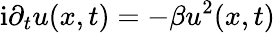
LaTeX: \mathrm{i}\partial_{t}u(x,t)=-\beta u^{2}(x,t)